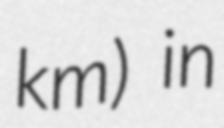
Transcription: km) in